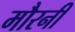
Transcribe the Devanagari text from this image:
मौरनी